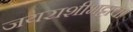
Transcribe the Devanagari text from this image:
जयराशीभट्टाचा